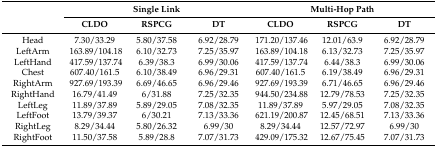
<table><thead><tr><td></td><td colspan="3"><b>Single Link</b></td><td colspan="3"><b>Multi-Hop Path</b></td></tr><tr><td></td><td><b>CLDO</b></td><td><b>RSPCG</b></td><td><b>DT</b></td><td><b>CLDO</b></td><td><b>RSPCG</b></td><td><b>DT</b></td></tr></thead><tbody><tr><td>Head</td><td>7.30/33.29</td><td>5.80/37.58</td><td>6.92/28.79</td><td>171.20/137.46</td><td>12.01/63.9</td><td>6.92/28.79</td></tr><tr><td>LeftArm</td><td>163.89/104.18</td><td>6.10/32.73</td><td>7.25/35.97</td><td>163.89/104.18</td><td>6.13/32.73</td><td>7.25/35.97</td></tr><tr><td>LeftHand</td><td>417.59/137.74</td><td>6.39/38.3</td><td>6.99/30.06</td><td>417.59/137.74</td><td>6.44/38.3</td><td>6.99/30.06</td></tr><tr><td>Chest</td><td>607.40/161.5</td><td>6.10/38.49</td><td>6.96/29.31</td><td>607.40/161.5</td><td>6.19/38.49</td><td>6.96/29.31</td></tr><tr><td>RightArm</td><td>927.69/193.39</td><td>6.69/46.65</td><td>6.96/29.46</td><td>927.69/193.39</td><td>6.71/46.65</td><td>6.96/29.46</td></tr><tr><td>RightHand</td><td>16.79/41.49</td><td>6/31.88</td><td>7.25/32.35</td><td>944.50/234.88</td><td>12.79/78.53</td><td>7.25/32.35</td></tr><tr><td>LeftLeg</td><td>11.89/37.89</td><td>5.89/29.05</td><td>7.08/32.35</td><td>11.89/37.89</td><td>5.97/29.05</td><td>7.08/32.35</td></tr><tr><td>LeftFoot</td><td>13.79/39.37</td><td>6/30.21</td><td>7.13/33.36</td><td>621.19/200.87</td><td>12.45/68.51</td><td>7.13/33.36</td></tr><tr><td>RightLeg</td><td>8.29/34.44</td><td>5.80/26.32</td><td>6.99/30</td><td>8.29/34.44</td><td>12.57/72.97</td><td>6.99/30</td></tr><tr><td>RightFoot</td><td>11.50/37.58</td><td>5.89/28.8</td><td>7.07/31.73</td><td>429.09/175.32</td><td>12.67/75.45</td><td>7.07/31.73</td></tr></tbody></table>